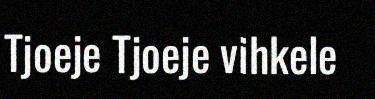
Tjoeje Tjoeje vihkele